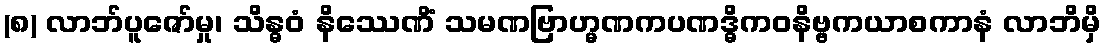
(၈) လာဘ်ပူဇော်မှု၊ သိန္ဓဝံ နိဿေဏိံ သမဏဗြာဟ္မဏကပဏဒ္ဓိကဝနိဗ္ဗကယာစကာနံ လာဘိမှိ